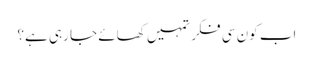
اب کون سی فکر تمہیں کھائے جا رہی ہے؟